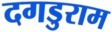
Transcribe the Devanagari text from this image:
दगडुराम